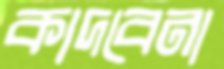
কাদবেনা